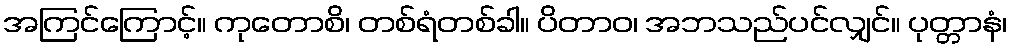
အကြင်ကြောင့်။ ကုတောစိ၊ တစ်ရံတစ်ခါ။ ပိတာဝ၊ အဘသည်ပင်လျှင်။ ပုတ္တာနံ၊